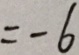
= - 6